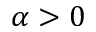
\alpha > 0